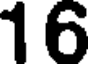
16